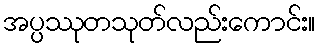
အပ္ပဿုတသုတ်လည်းကောင်း။